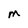
Character: m